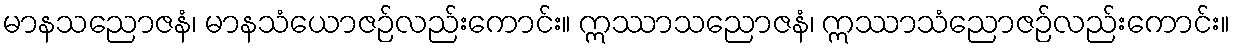
မာနသညောဇနံ၊ မာနသံယောဇဉ်လည်းကောင်း။ ဣဿာသညောဇနံ၊ ဣဿာသံညောဇဉ်လည်းကောင်း။